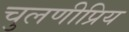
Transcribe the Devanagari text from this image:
चुलणीप्रिय